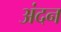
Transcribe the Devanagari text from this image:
अंदन